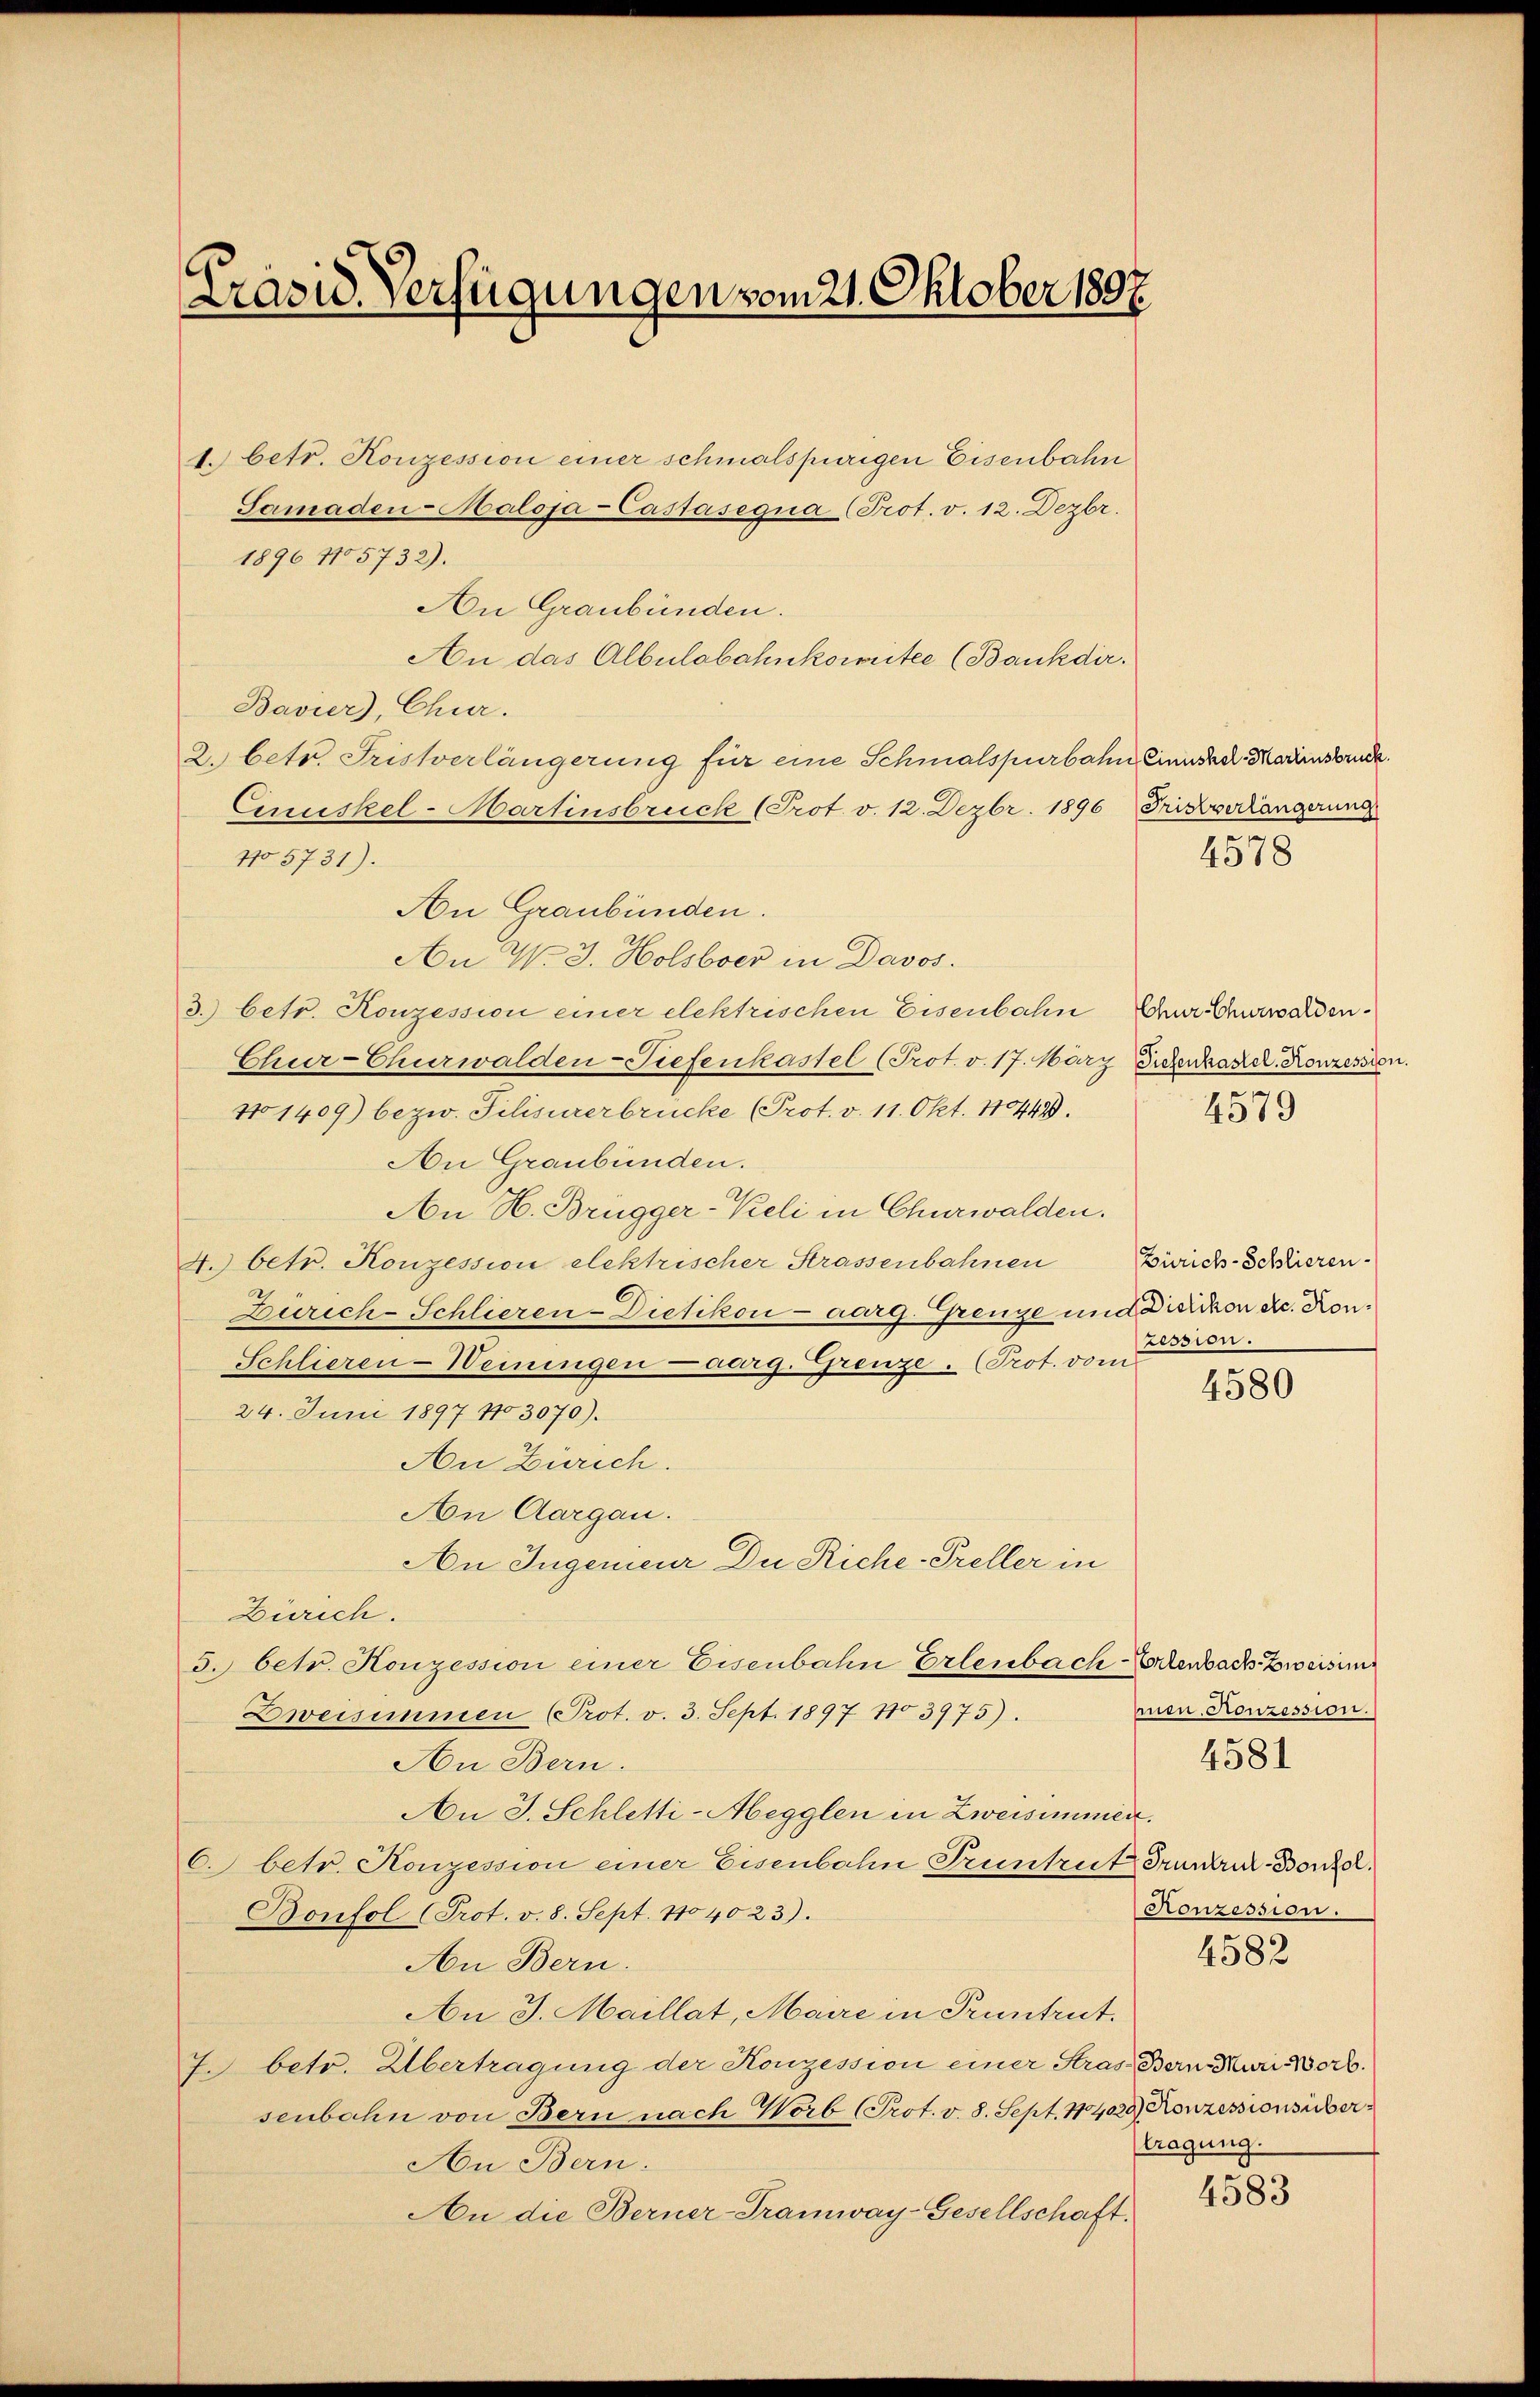
Präsid. Verfügungen vom 21. Oktober 1807.

1. betr. Konzession einer schmalspurigen Eisenbahn
Samaden-Haloja-Castasegua (Prot. v. 12. Dezbr.
1896 115732).
An Graubünden.
An das Albulabahnkomitee (Bankdir.
Bavier, Chur.
2. betr. Fristverlängerung für eine Schmalspurbahn Einnskel. Marienstrude
Cinuskel-Martinsbruck (Prot. v. 12. Dezbr. 1896 Fristverlängerung
No 5731).
An W. 3. Holsboer in Davos.
3.) betr. Konzession einer elektrischen Eisenbahn der Churwalden¬
Chur-Churwalden-Tiefenkastel (Prot. v. 17. März Sichenkapel. Konzession.
No 1409) bezw. Silisirerbrücke (Prot. v. 11. Okt. 114499.
An Graubünden.
An H. Brugger-Keli in Churwalden.
4. betr. Konzession elektrischer Strassenbahnen Zürichs-Schlieren¬
Zürich-Schlieren-Dietikon - aarg. Grenze und Dietikon etc. Kon¬
Schlieren-Weiningen aarg. Grenze. Prot. vom
4580
24. Juni 1897 103070).
An Zürich.
An Aargau.
An Ingenieur Du Riche-Preller in
Zürich.
5. betr. Konzession einer Eisenbahn Erlenbach Erlenbach Zweisun
hnen. Konzession.
Zweisimmen (Prot. v. 3. Sept. 1897 No 3975).
4581
An Bern.
An J. Schletti-Abegglen in Zweisimmer.
C. betr. Konzession einer Eisenbahn Truntrut Grunder-Bonzer.
Konzession.
Bonfol (Prot. v. 8. Sept. 1104023).
4582
An Bern.
An J. Maillat, Maire in Pruntrut.
7. betr. Übertragung der Konzession einer Stras Bern Muri Worb.
senbahn von Bern nach Worb (Prot. v. 8. Sept. 14029) Konzessionsübertragung.
An Bern.
4583
An die Berner-Tramway-Gesellschaft.

An Graubünden.

szession.

4578

4579